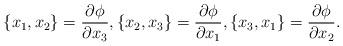
LaTeX: \begin{align*}\{x_1,x_2\}=\frac{\partial\phi}{\partial x_3},\{x_2,x_3\}=\frac{\partial\phi}{\partial x_1},\{x_3,x_1\}=\frac{\partial\phi}{\partial x_2}.\end{align*}